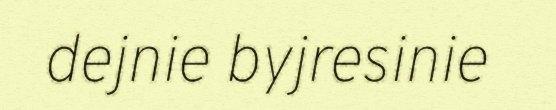
dejnie byjresinie